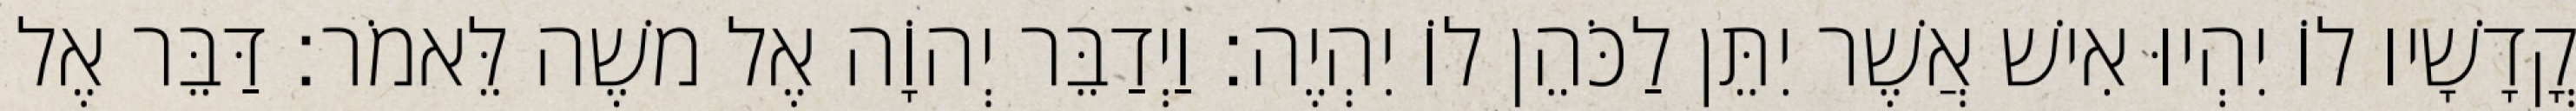
קֳדָשָׁיו לוֹ יִהְיוּ אִישׁ אֲשֶׁר יִתֵּן לַכֹּהֵן לוֹ יִהְיֶה׃ וַיְדַבֵּר יְהוָֹה אֶל משֶׁה לֵּאמֹר׃ דַּבֵּר אֶל